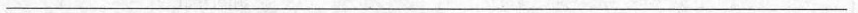
___